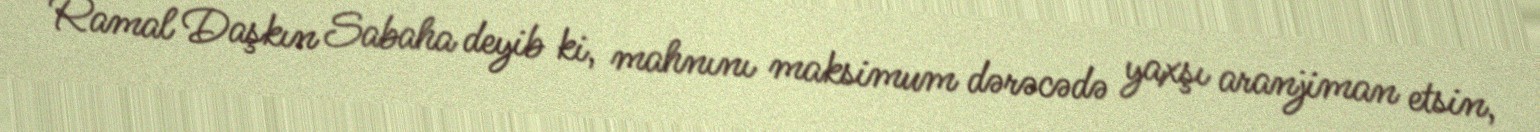
Ramal Daşkın Sabaha deyib ki, mahnını maksimum dərəcədə yaxşı aranjiman etsin,